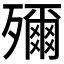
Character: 𭮤